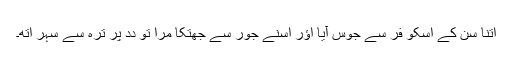
اِتنا سُن کے اُسکو فِر سے جوس آیا اؤر اُسنے جور سے جھتکا مرا تو دِدِ پُرِ ترہ سے سِہر اُتھِ۔